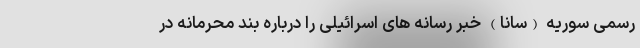
رسمی سوریه (سانا) خبر رسانه های اسرائیلی را درباره بند محرمانه در